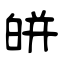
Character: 皏